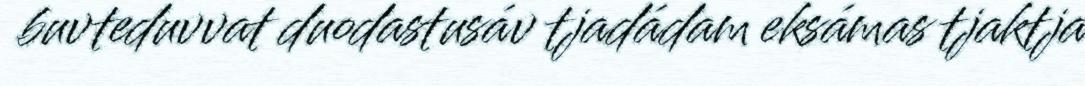
buvteduvvat duodastusáv tjadádam eksámas tjaktja